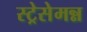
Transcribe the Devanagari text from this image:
स्ट्रेसेमन्न